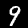
Label: 9